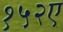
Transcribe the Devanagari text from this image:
१५२ए